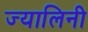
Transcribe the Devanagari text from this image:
ज्यालिनी